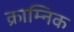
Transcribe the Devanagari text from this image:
क्राम्निक